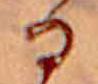
る